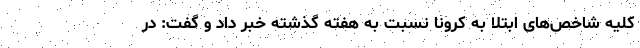
کلیه شاخص‌های ابتلا به کرونا نسبت به هفته گذشته خبر داد و گفت: در